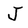
Character: J